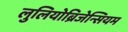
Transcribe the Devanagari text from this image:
लुलियोब्रिजेन्सियम